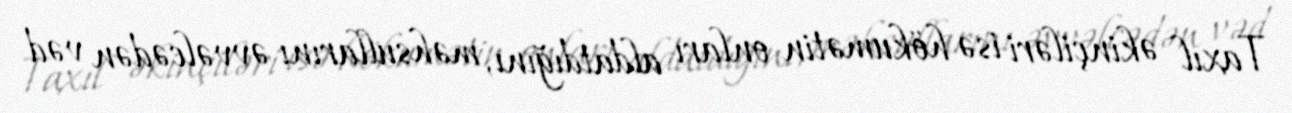
Taxıl əkinçiləri isə hökumətin onları aldatdığını, məhsullarını əvvəlcədən vəd